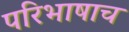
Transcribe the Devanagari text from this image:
परिभाषाच